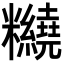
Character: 𥽵